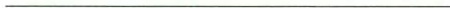
___